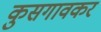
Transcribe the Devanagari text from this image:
कुसगावकर